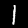
Label: 1